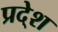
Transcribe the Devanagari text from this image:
प्रदे्श